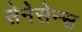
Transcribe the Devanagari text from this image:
सेनेसेन्स